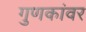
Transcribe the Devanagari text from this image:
गुणकांवर